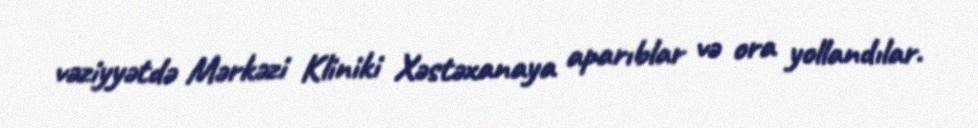
vəziyyətdə Mərkəzi Kliniki Xəstəxanaya aparıblar və ora yollandılar.